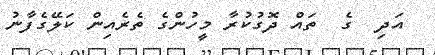
އަދި  ގެ  ތައް ދޮގުކުރާ މީހުންގެ ތެރެއިން ކަލޭގެފާނު